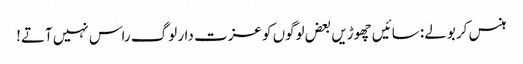
ہنس کر بولے: سائیں چھوڑیں بعض لوگوں کو عزت دار لوگ راس نہیں آتے!